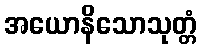
အယောနိသောသုတ္တံ